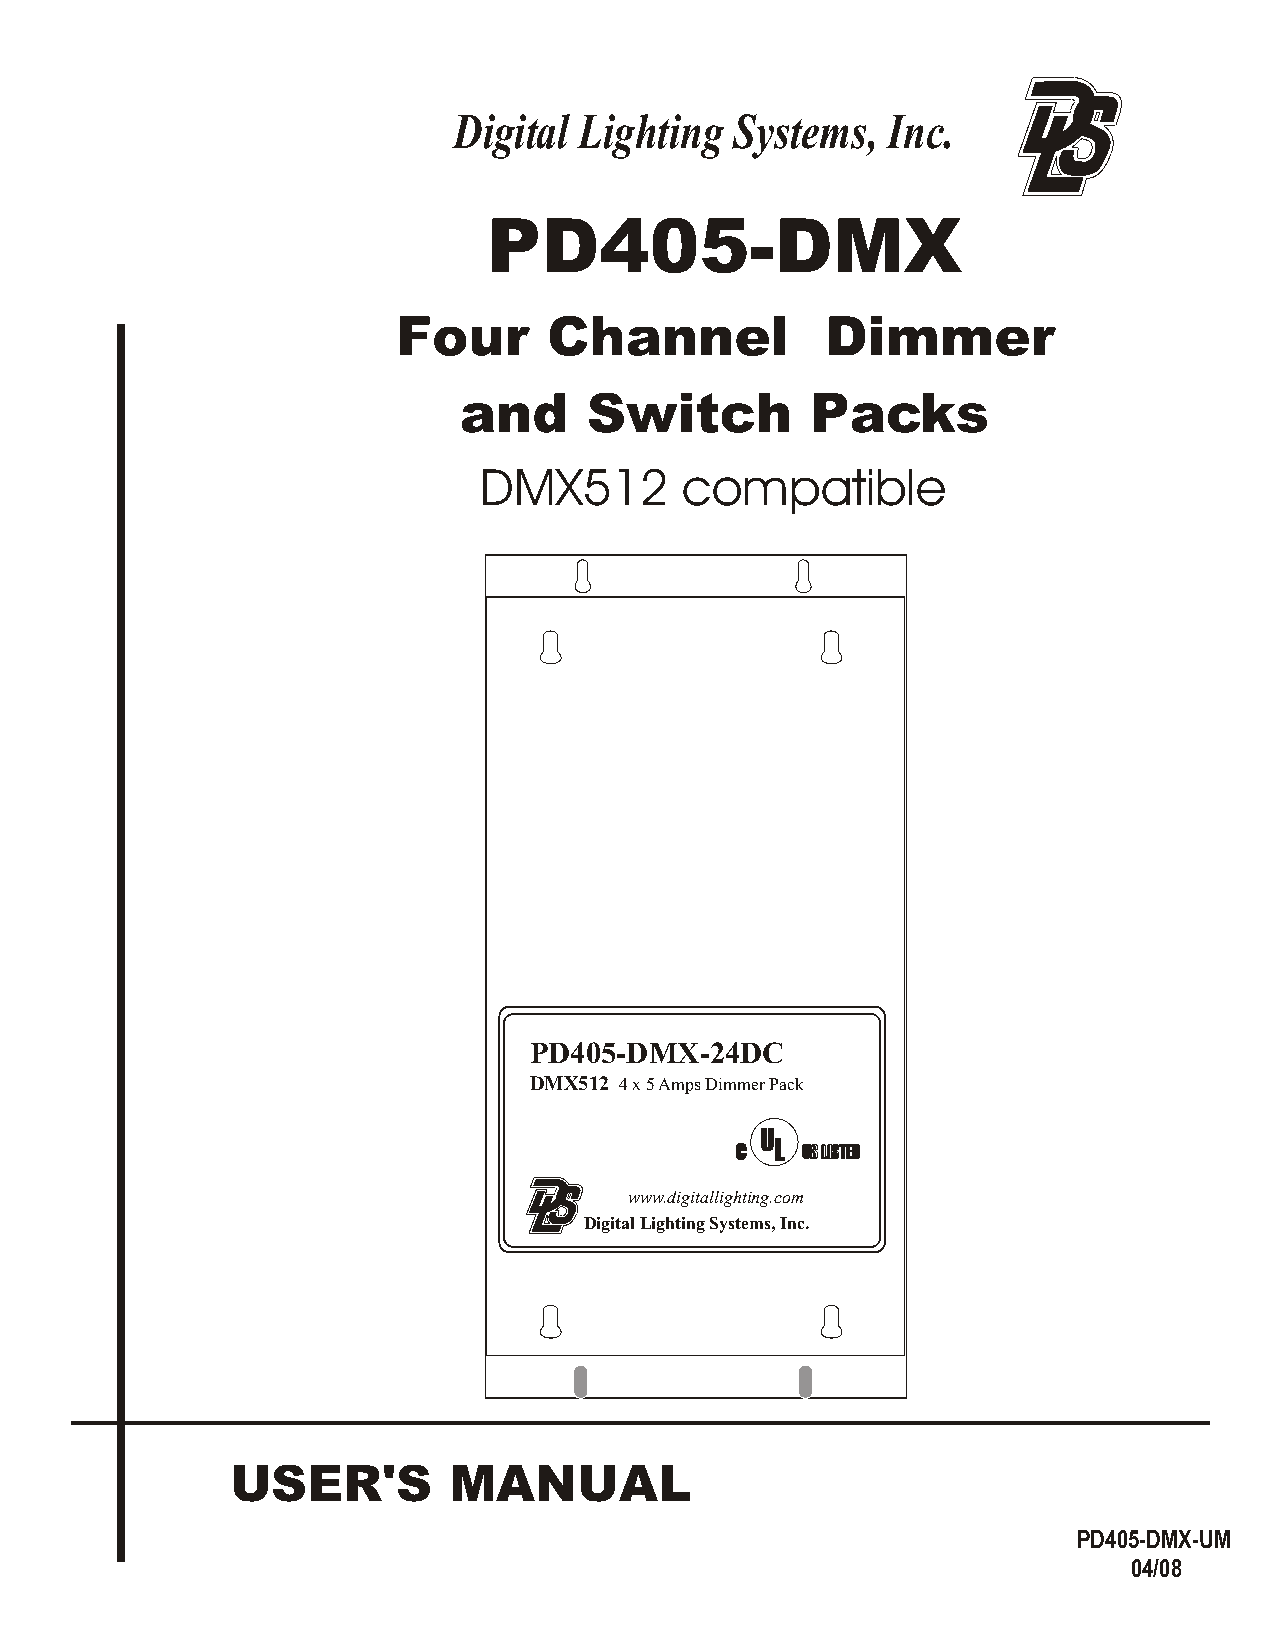
Digital Lighting   Systems,  Inc.
 PD405-DMX
 Four      Channel            Dimmer
 and      Switch         Packs
 DMX512       compatible
 PD405-DMX-24DC
 DMX512 4 x 5 Amps Dimmer Pack
 UU
 LL
 CC  UUSS LLIISSTTEEDD
 www.digitallighting.com
 Digital Lighting Systems, Inc.
 USER'S         MANUAL
 PD405-DMX-UM
 04/08